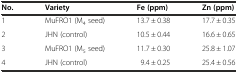
<table><thead><tr><td><b>No.</b></td><td><b>Variety</b></td><td><b>Fe (ppm)</b></td><td><b>Zn (ppm)</b></td></tr></thead><tbody><tr><td>1</td><td>MuFRO1 (M<sub>4</sub> seed)</td><td>13.7 ± 0.38</td><td>17.7 ± 0.35</td></tr><tr><td>2</td><td>JHN (control)</td><td>10.5 ± 0.44</td><td>16.6 ± 0.65</td></tr><tr><td>3</td><td>MuFRO1 (M<sub>5</sub> seed)</td><td>11.7 ± 0.30</td><td>25.8 ± 1.07</td></tr><tr><td>4</td><td>JHN (control)</td><td>9.4 ± 0.25</td><td>25.4 ± 0.56</td></tr></tbody></table>